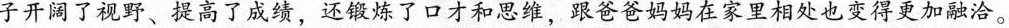
子开阔了视野、提高了成绩，还锻炼了口才和思维，跟爸爸妈妈在家里相处也变得更加融洽。